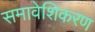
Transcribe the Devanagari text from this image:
समावेशिकरण